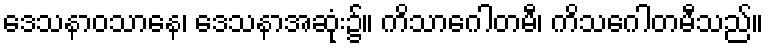
ဒေသနာဝသာနေ၊ ဒေသနာအဆုံး၌။ ကိသာဂေါတမီ၊ ကိသဂေါတမီသည်။